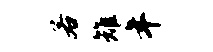
若雉年